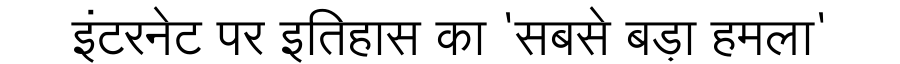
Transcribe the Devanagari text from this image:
इंटरनेट पर इतिहास का 'सबसे बड़ा हमला'